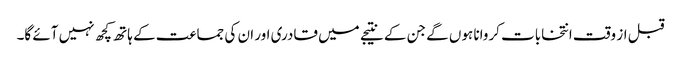
قبل از وقت انتخابات کروانا ہوں گے جن کے نتیجے میں قادری اور ان کی جماعت کے ہاتھ کچھ نہیں آئے گا۔